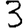
Digit: 3